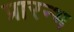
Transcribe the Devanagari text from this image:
प्रारन्भ